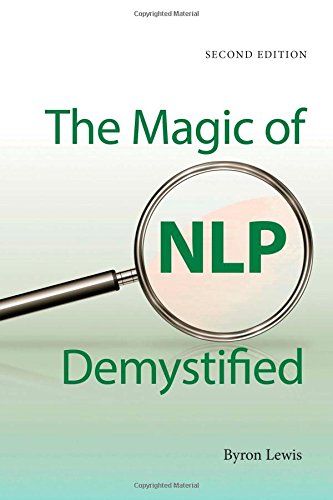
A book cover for Magic of NLP Demystified, Second edition; Byron Lewis; Self-Help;